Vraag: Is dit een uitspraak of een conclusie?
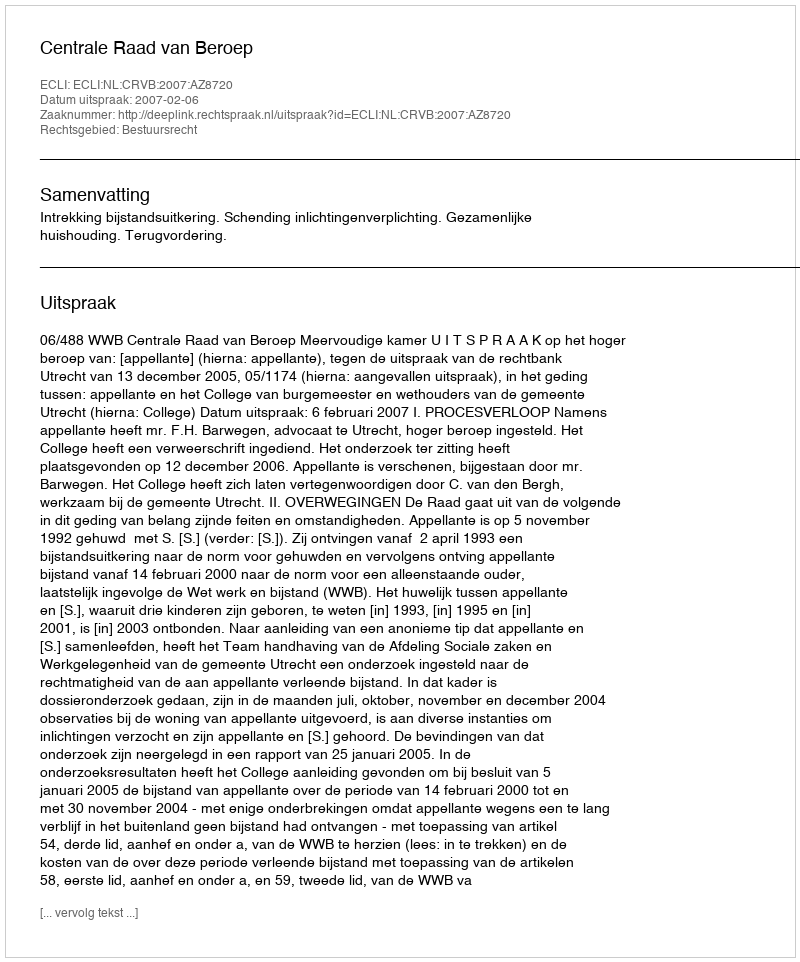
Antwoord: Uitspraak